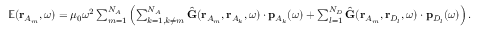
\begin{array} { r } { \mathbb { E } ( \mathbf { r } _ { A _ { m } } , \omega ) = \mu _ { 0 } \omega ^ { 2 } \sum _ { m = 1 } ^ { N _ { A } } \left( \sum _ { k = 1 , k \neq m } ^ { N _ { A } } \hat { \mathbf { G } } ( \mathbf { r } _ { A _ { m } } , \mathbf { r } _ { A _ { k } } , \omega ) \cdot \mathbf { p } _ { { A _ { k } } } ( \omega ) + \sum _ { l = 1 } ^ { N _ { D } } \hat { \mathbf { G } } ( \mathbf { r } _ { A _ { m } } , \mathbf { r } _ { D _ { l } } , \omega ) \cdot \mathbf { p } _ { D _ { l } } ( \omega ) \right) . } \end{array}